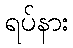
ရပ်နား